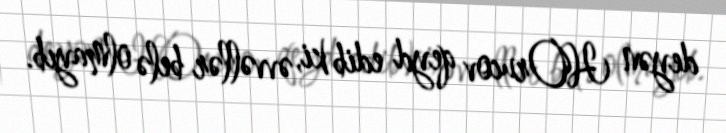
deyən HOrucov qeyd edib ki, əvvəllər belə olmayıb.